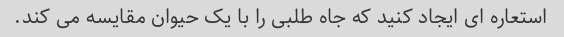
استعاره ای ایجاد کنید که جاه طلبی را با یک حیوان مقایسه می کند.